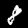
Digit: 8